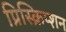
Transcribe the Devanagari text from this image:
प्रिस्क्रिप्शन